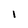
Character: I